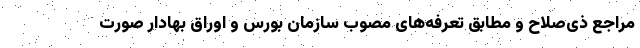
مراجع ذی‌صلاح و مطابق تعرفه‌های مصوب سازمان بورس و اوراق بهادار صورت